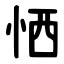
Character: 恓